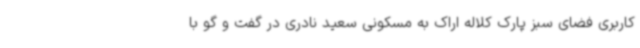
کاربری فضای سبز پارک کلاله اراک به مسکونی سعید نادری در گفت و گو با